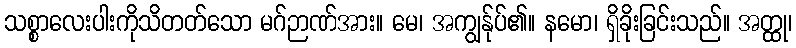
သစ္စာလေးပါးကိုသိတတ်သော မဂ်ဉာဏ်အား။ မေ၊ အကျွန်ုပ်၏။ နမော၊ ရှိခိုးခြင်းသည်။ အတ္ထု၊